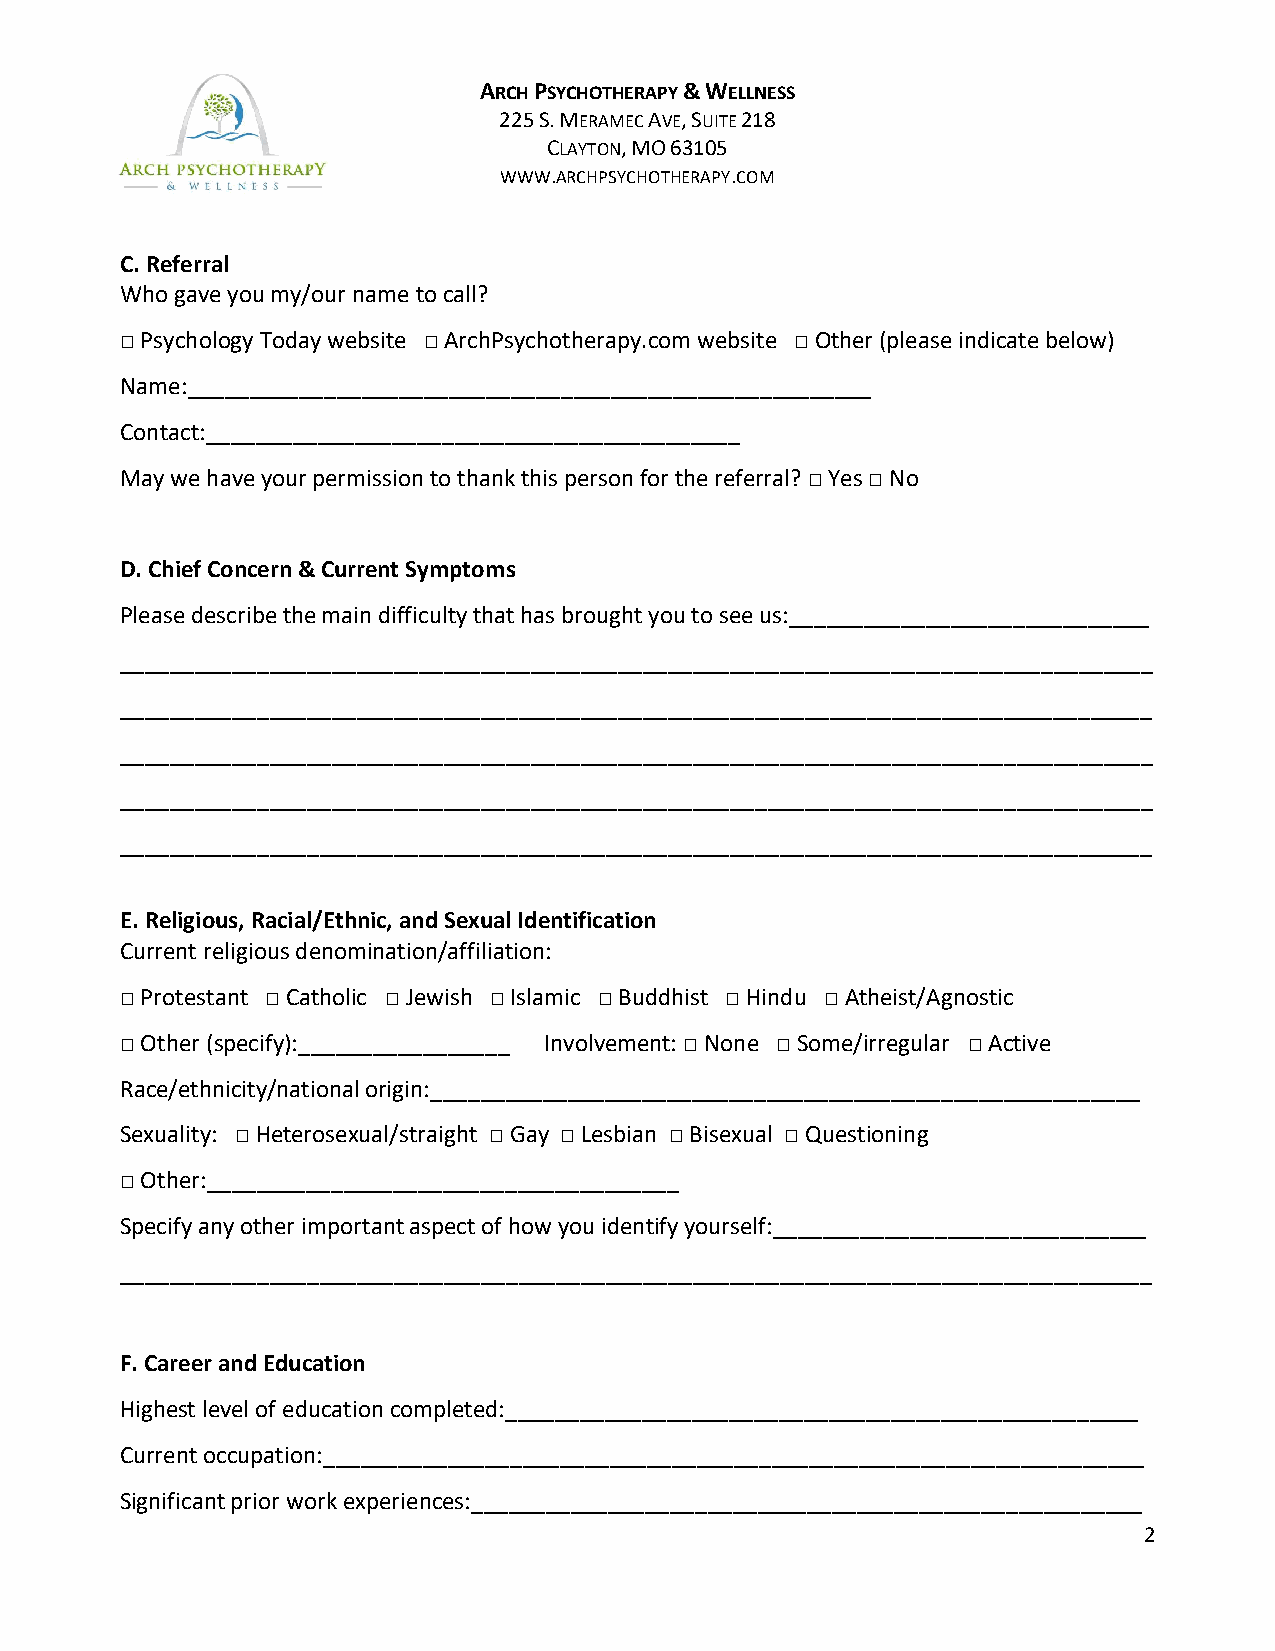
ARCH PSYCHOTHERAPY & WELLNESS
 225 S. MERAMEC AVE, SUITE 218
 CLAYTON, MO 63105
 WWW.ARCHPSYCHOTHERAPY.COM
 C. Referral
 Who gave you my/our name to call?
 □ Psychology Today website □ ArchPsychotherapy.com website □ Other (please indicate below)
 Name:_______________________________________________________
 Contact:___________________________________________
 May we have your permission to thank this person for the referral? □ Yes □ No
 D. Chief Concern & Current Symptoms
 Please describe the main difficulty that has brought you to see us:_____________________________
 ___________________________________________________________________________________
 ___________________________________________________________________________________
 ___________________________________________________________________________________
 ___________________________________________________________________________________
 ___________________________________________________________________________________
 E. Religious, Racial/Ethnic, and Sexual Identification
 Current religious denomination/affiliation:
 □ Protestant □ Catholic □ Jewish □ Islamic □ Buddhist □ Hindu □ Atheist/Agnostic
 □ Other (specify):_________________ Involvement: □ None □ Some/irregular □ Active
 Race/ethnicity/national origin:_________________________________________________________
 Sexuality: □ Heterosexual/straight □ Gay □ Lesbian □ Bisexual □ Questioning
 □ Other:______________________________________
 Specify any other important aspect of how you identify yourself:______________________________
 ___________________________________________________________________________________
 F. Career and Education
 Highest level of education completed:___________________________________________________
 Current occupation:__________________________________________________________________
 Significant prior work experiences:______________________________________________________
 2